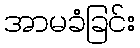
အာမခံခြင်း